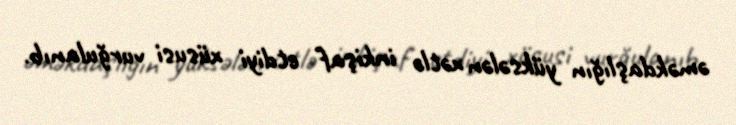
əməkdaşlığın yüksələn xətlə inkişaf etdiyi xüsusi vurğulanıb.